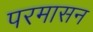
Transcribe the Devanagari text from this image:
परमासन